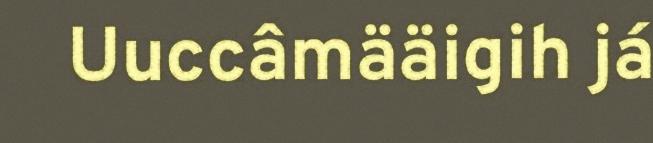
Uuccâmääigih já